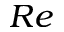
R e